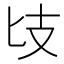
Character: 𢺵